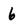
Character: 6